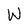
Character: W